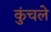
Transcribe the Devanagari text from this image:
कुंचले